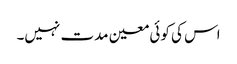
اس کی کوئی معین مدت نہیں۔